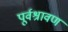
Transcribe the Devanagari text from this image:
पूर्वश्रावण